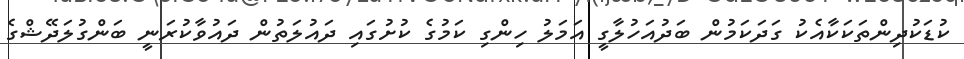
ކުޑަކުދިންތަކަކާއެކު ގަދަކަމުން ބަދުއަހުލާގީ އަމަލު ހިންގި ކަމުގެ ކުށުގައި ދައުލަތުން ދައުވާކުރަނީ ބަންގުލަދޭޝްގެ